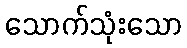
သောက်သုံးသော